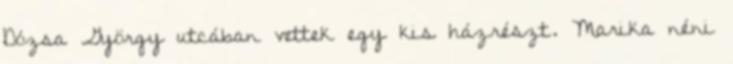
Dózsa György utcában vettek egy kis házrészt. Marika néni